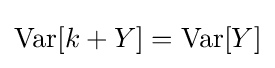
\operatorname {Var} [k+Y]=\operatorname {Var} [Y]